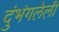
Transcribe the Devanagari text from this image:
दुंभंगलेली